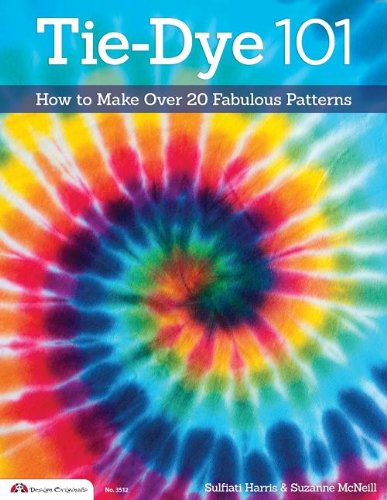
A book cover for Tie-Dye 101: How to Make Over 20 Fabulous Patterns (Design Originals); Suzanne McNeill; Crafts, Hobbies & Home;